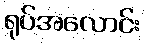
ရုပ်အလောင်း